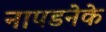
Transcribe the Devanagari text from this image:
नापडनेके